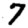
Digit: 7